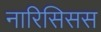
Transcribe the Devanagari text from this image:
नारिसिसस